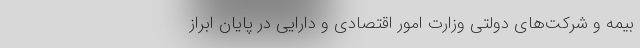
بیمه و شرکت‌های دولتی وزارت امور اقتصادی و دارایی در پایان ابراز